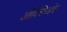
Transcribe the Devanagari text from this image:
ऑक्सिजंचा